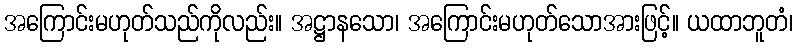
အကြောင်းမဟုတ်သည်ကိုလည်း။ အဋ္ဌာနသော၊ အကြောင်းမဟုတ်သောအားဖြင့်။ ယထာဘူတံ၊